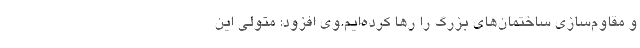
و مقاوم‌سازی ساختمان‌های بزرگ را رها کرده‌ایم.وی افزود: متولی این